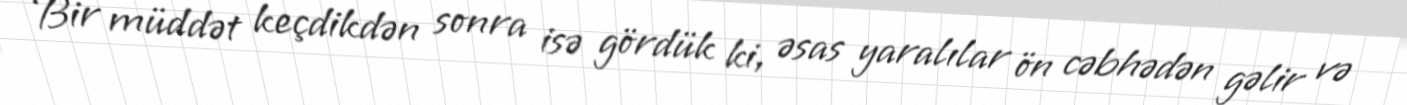
Bir müddət keçdikdən sonra isə gördük ki, əsas yaralılar ön cəbhədən gəlir və